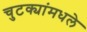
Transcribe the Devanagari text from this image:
चुटक्यांमधले